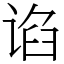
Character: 谄